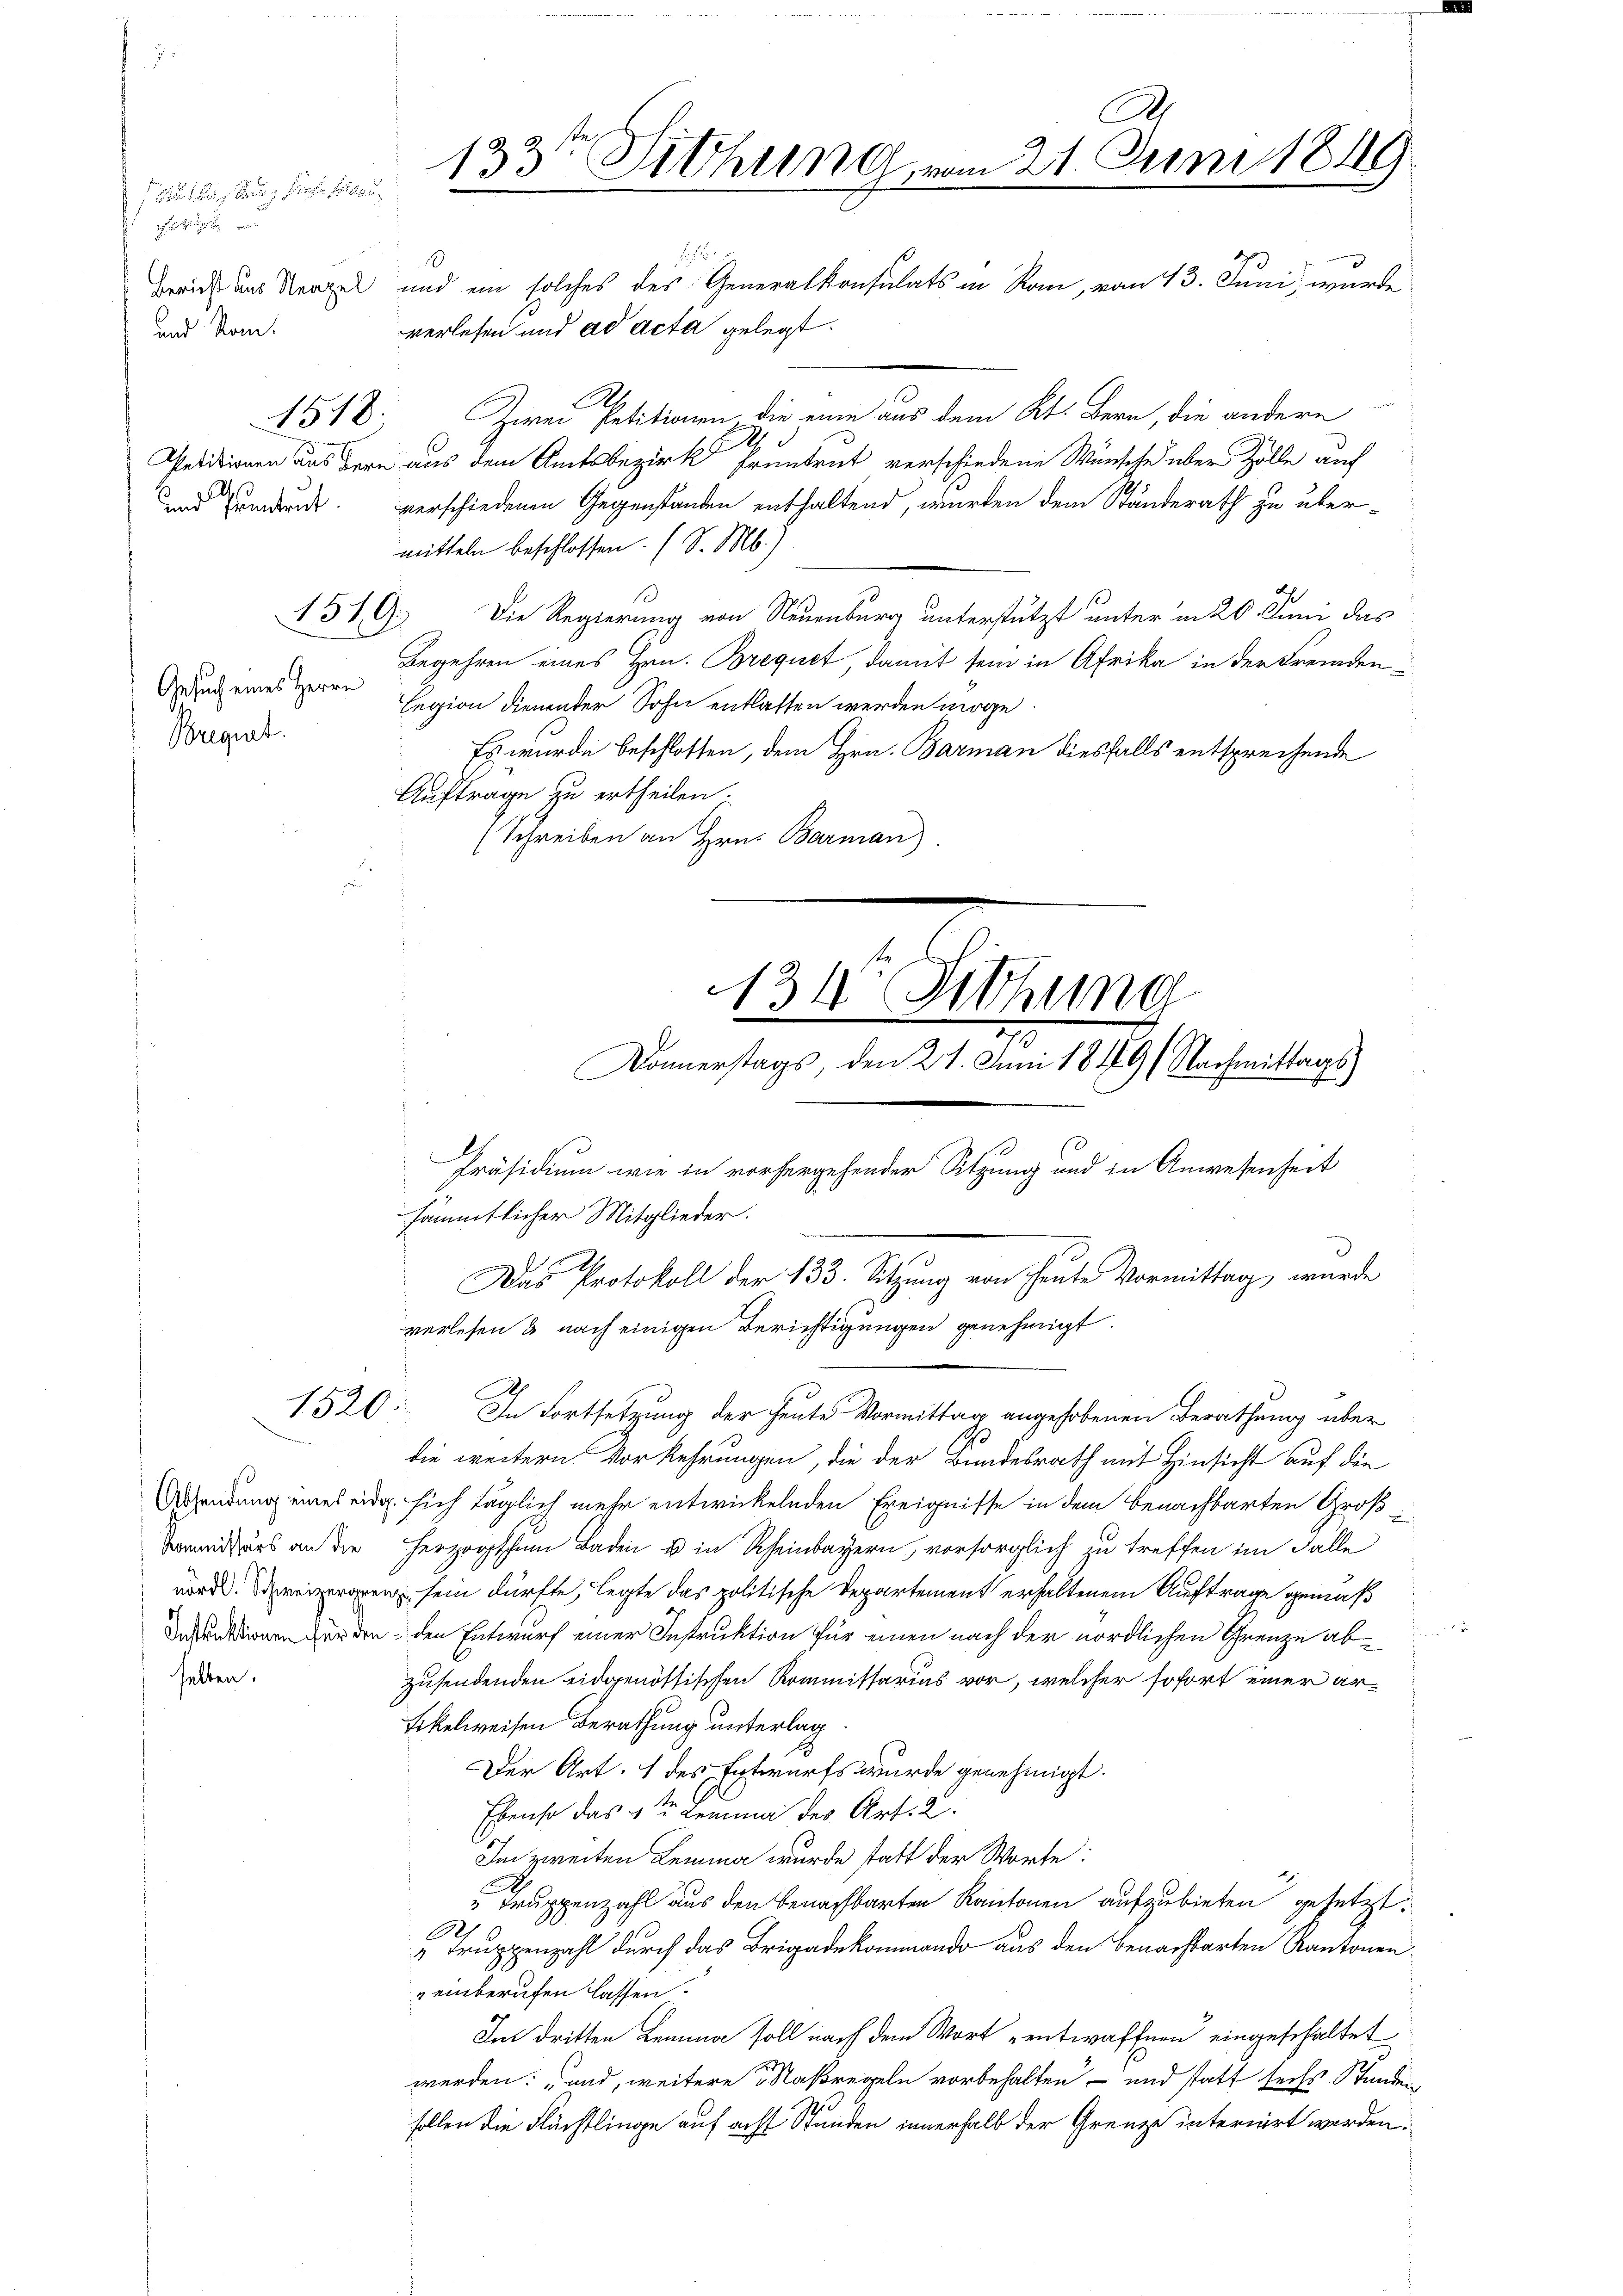
Auflastung für sollen,

und Nom

selten

und Hundent.

1519.

Gesuch eines Herrn
Bregiat.

Kommissärs an die

A.
133te Sitzung vom 21. Juni 1819.

.
Freude aus Neapel und ein solches des Generalkonsulats in Rom, vom 13. Juni, wurde

1520.

verlesen und ad acta gelegt.
A.
11 Zwei Petitionen die eine aus dem Kt. Bern, die andere
A
Petitionen aus dere aus dem Amtsbezirk Eruntrut verschiedene Wünsche über Zolle auf
verschiedenen Gegenständen enthaltend, wurden dem Ständerath zu übermitteln beschlossen. (S. M.)
Die Regierung von Neuenburg unterstützt unter in 20. Juni das
Begehren eines Hrn. Brequet, damit sein in Afrika in der Fremden¬
Legion dienender Sohn entlassen werden möge.
Es wurde beschlossen, dem Hrn. Barman diesfalls entsprechende
Auftrage zu ertheilen;
(Schreiben an Hrn. Barman

In Fortsetzung der heute Vormittag angehobenen Berathung über
die weitern Vorkehrungen, die der Bundesrath mit Hinsicht auf die
Arsendung eines eidg. sich täglich mehr entwickelnden Ereignisse in dem benachbarten Großherzogthum Baden u in Rheinbayern, vorsorglich zu treffen im Fälle
wederen sein dürfte, legte das politische Departement erhaltenem Auftrage gemäß
er den den Entwurf einer Instruktion für einen nach der nördlichen Grenze abzusendenden eidgenössischen Kommissarius vor, welcher sofort einer ar¬
Eikelweisen Berathung unterlag.
Der Art. 1 des Entwurfs wurde genehmigt.
Ebenso das 1ten Lemma des Art. 2.
Im zweiten Lemma wurde statt der Worte:
Truppenzahl aus den benachbarten Kantonen aufzubieten gesetzt
Af. 1
 Truppenzahl durch das Brigadekommando aus den benachbarten Kantonen
"einberufen lassen.
Im dritten Lemma soll nach dem Wort entwaffnen eingeschaltet
werden: „und, weitere Maßregeln vorbehalten – und statt sechs. Stundeig
sollen die Flächtlinge auf acht Stunden innerhalb der Grenze interiirt werden.

sämmtlicher Mitglieder.
verlesen & nach einigen Berichtigungen genehmigt.

Ah

134. Siehung
Donnerstags, den 21. Juni 1849 (Nachmittags

Präsidium wie in vorhergehender Sitzung und in Anwesenheit
Das Protokoll der 133. Sitzung von heute Vormittag, wurde